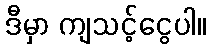
ဒီမှာ ကျသင့်ငွေပါ။